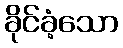
ခိုင်ခံ့သော